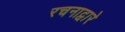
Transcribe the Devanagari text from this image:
रचनाद्वारे